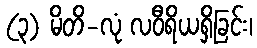
(၃) မိတိ-လုံ လဝီရိယရှိခြင်း၊